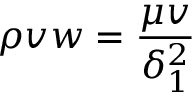
\rho v w = { \frac { \mu v } { \delta _ { 1 } ^ { 2 } } }